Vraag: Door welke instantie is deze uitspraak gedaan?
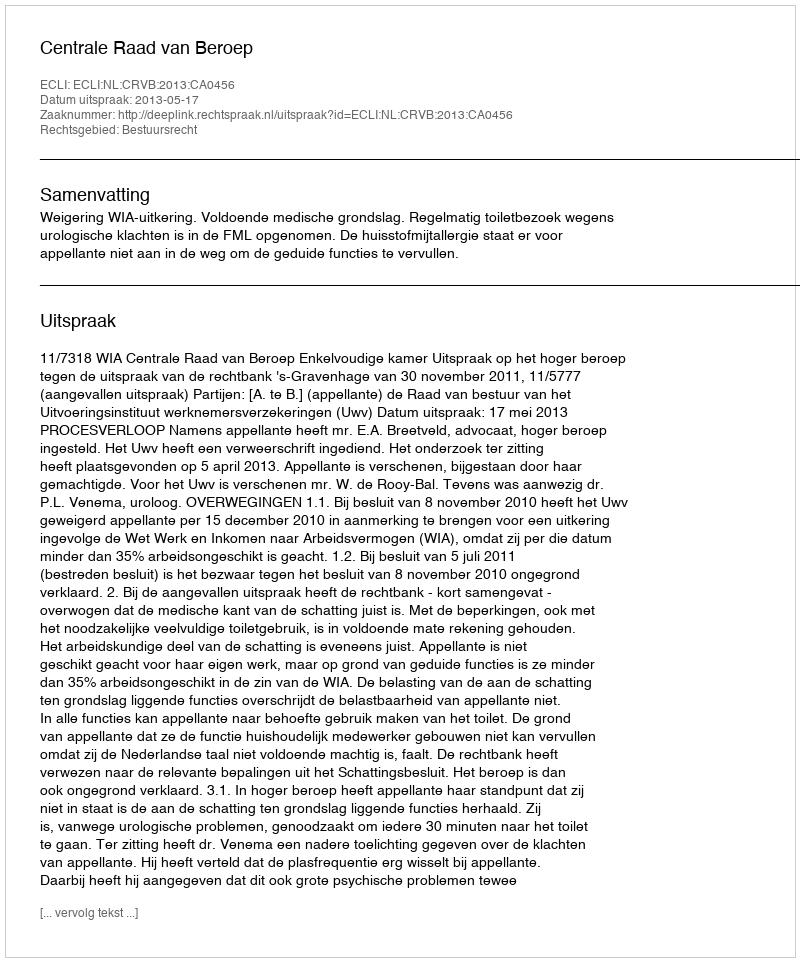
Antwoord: Centrale Raad van Beroep